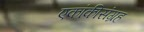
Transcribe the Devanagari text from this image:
एकांकीसंग्रह